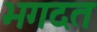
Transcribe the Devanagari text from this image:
भगदत